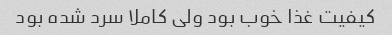
کیفیت غذا خوب بود ولی کاملا سرد شده بود